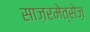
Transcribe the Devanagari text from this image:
साज़रमेत्सेज़